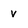
Character: v